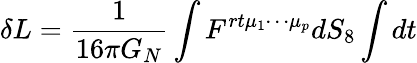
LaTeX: \delta L={\frac{1}{16\pi G_{N}}}\int F^{rt\mu_{1}\cdots\mu_{p}}dS_{8}\int dt